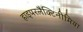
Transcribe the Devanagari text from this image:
हाइपरलैक्टिनीमिया